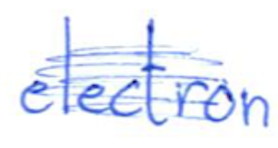
Text: electron
Cross-out: scratch
Writing tool: ballpoint